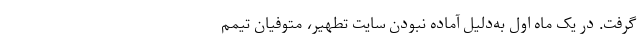
گرفت. در یک ‌ماه اول به‌دلیل آماده نبودن سایت تطهیر، متوفیان تیمم